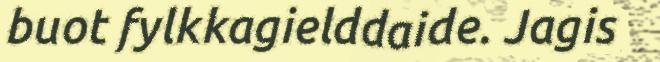
buot fylkkagielddaide. Jagis